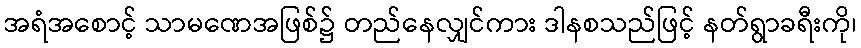
အရံအစောင့် သာမဏေအဖြစ်၌ တည်နေလျှင်ကား ဒါနစသည်ဖြင့် နတ်ရွာခရီးကို၊